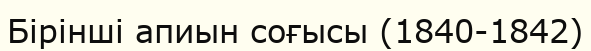
Бірінші апиын соғысы (1840-1842)